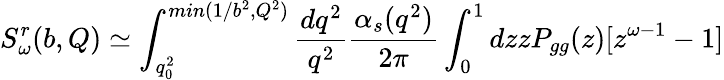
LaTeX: S_{\omega}^{r}(b,Q)\simeq\int_{q_{0}^{2}}^{min(1/b^{2},Q^{2})}{\frac{dq^{2}}{q^{2}}}{\frac{\alpha_{s}(q^{2})}{2\pi}}\int_{0}^{1}dzzP_{gg}(z)[z^{\omega-1}-1]